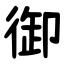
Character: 御